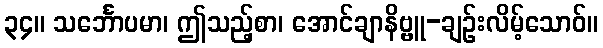
၃၄။ သင်္ဘောပမာ၊ ဤသည့်စာ၊ အောင်ချာနိဗ္ဗူ-ချဉ်းလိမ့်သောဝ်။